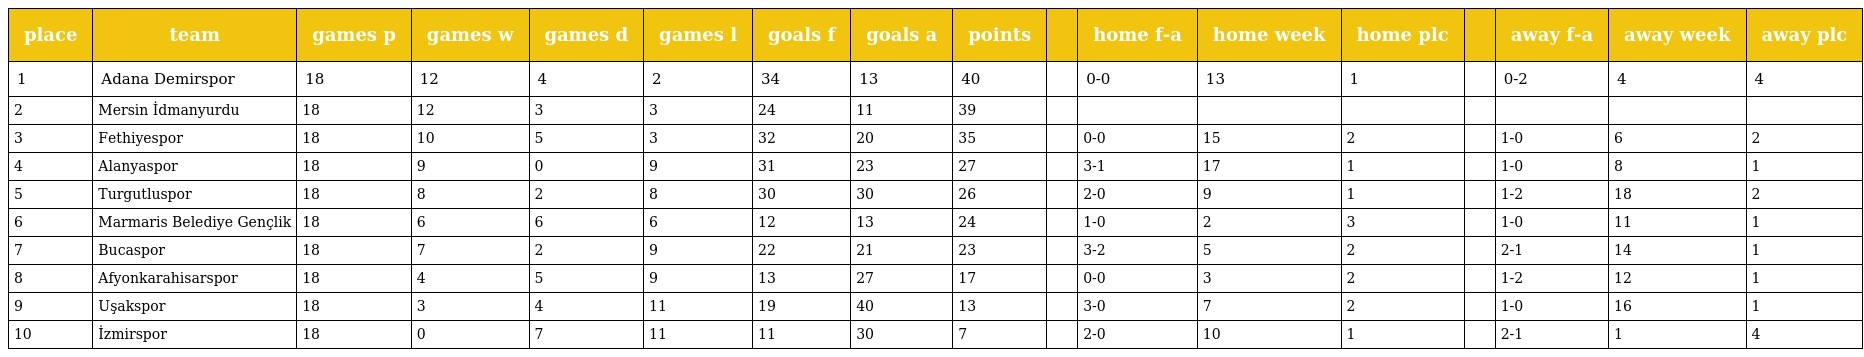
| place | team | games p | games w | games d | games l | goals f | goals a | points |  | home f-a | home week | home plc |  | away f-a | away week | away plc |
 | --- | --- | --- | --- | --- | --- | --- | --- | --- | --- | --- | --- | --- | --- | --- | --- | --- |
 | 1 | Adana Demirspor | 18 | 12 | 4 | 2 | 34 | 13 | 40 |  | 0-0 | 13 | 1 |  | 0-2 | 4 | 4 |
 | 2 | Mersin İdmanyurdu | 18 | 12 | 3 | 3 | 24 | 11 | 39 |  |  |  |  |  |  |  |  |
 | 3 | Fethiyespor | 18 | 10 | 5 | 3 | 32 | 20 | 35 |  | 0-0 | 15 | 2 |  | 1-0 | 6 | 2 |
 | 4 | Alanyaspor | 18 | 9 | 0 | 9 | 31 | 23 | 27 |  | 3-1 | 17 | 1 |  | 1-0 | 8 | 1 |
 | 5 | Turgutluspor | 18 | 8 | 2 | 8 | 30 | 30 | 26 |  | 2-0 | 9 | 1 |  | 1-2 | 18 | 2 |
 | 6 | Marmaris Belediye Gençlik | 18 | 6 | 6 | 6 | 12 | 13 | 24 |  | 1-0 | 2 | 3 |  | 1-0 | 11 | 1 |
 | 7 | Bucaspor | 18 | 7 | 2 | 9 | 22 | 21 | 23 |  | 3-2 | 5 | 2 |  | 2-1 | 14 | 1 |
 | 8 | Afyonkarahisarspor | 18 | 4 | 5 | 9 | 13 | 27 | 17 |  | 0-0 | 3 | 2 |  | 1-2 | 12 | 1 |
 | 9 | Uşakspor | 18 | 3 | 4 | 11 | 19 | 40 | 13 |  | 3-0 | 7 | 2 |  | 1-0 | 16 | 1 |
 | 10 | İzmirspor | 18 | 0 | 7 | 11 | 11 | 30 | 7 |  | 2-0 | 10 | 1 |  | 2-1 | 1 | 4 |